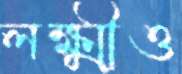
লক্ষ্মীও